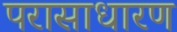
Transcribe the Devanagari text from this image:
परासाधारण